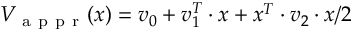
V _ { \mathrm { ~ a ~ p ~ p ~ r ~ } } ( x ) = v _ { 0 } + v _ { 1 } ^ { T } \cdot x + x ^ { T } \cdot v _ { 2 } \cdot x / 2